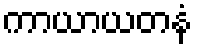
ကာယာယတနံ